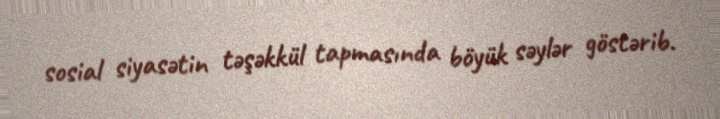
sosial siyasətin təşəkkül tapmasında böyük səylər göstərib.